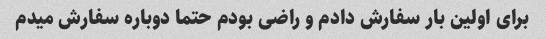
برای اولین بار سفارش دادم و راضی بودم حتما دوباره سفارش میدم